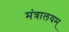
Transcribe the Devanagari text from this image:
मंत्रालयम्